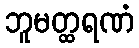
ဘူမတ္ထရဏံ